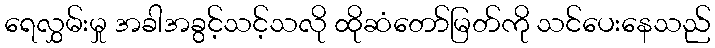
ရေလွှမ်းမှု အခါအခွင့်သင့်သလို ထိုဆံတော်မြတ်ကို သင်ပေးနေသည်